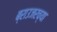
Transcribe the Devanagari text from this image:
ब्राउजरच्या